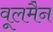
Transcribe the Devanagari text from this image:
वूलमैन